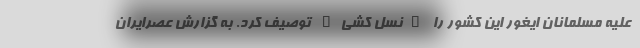
علیه مسلمانان ایغور این کشور را "نسل کشی" توصیف کرد. به گزارش عصرایران